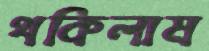
থকিলাম